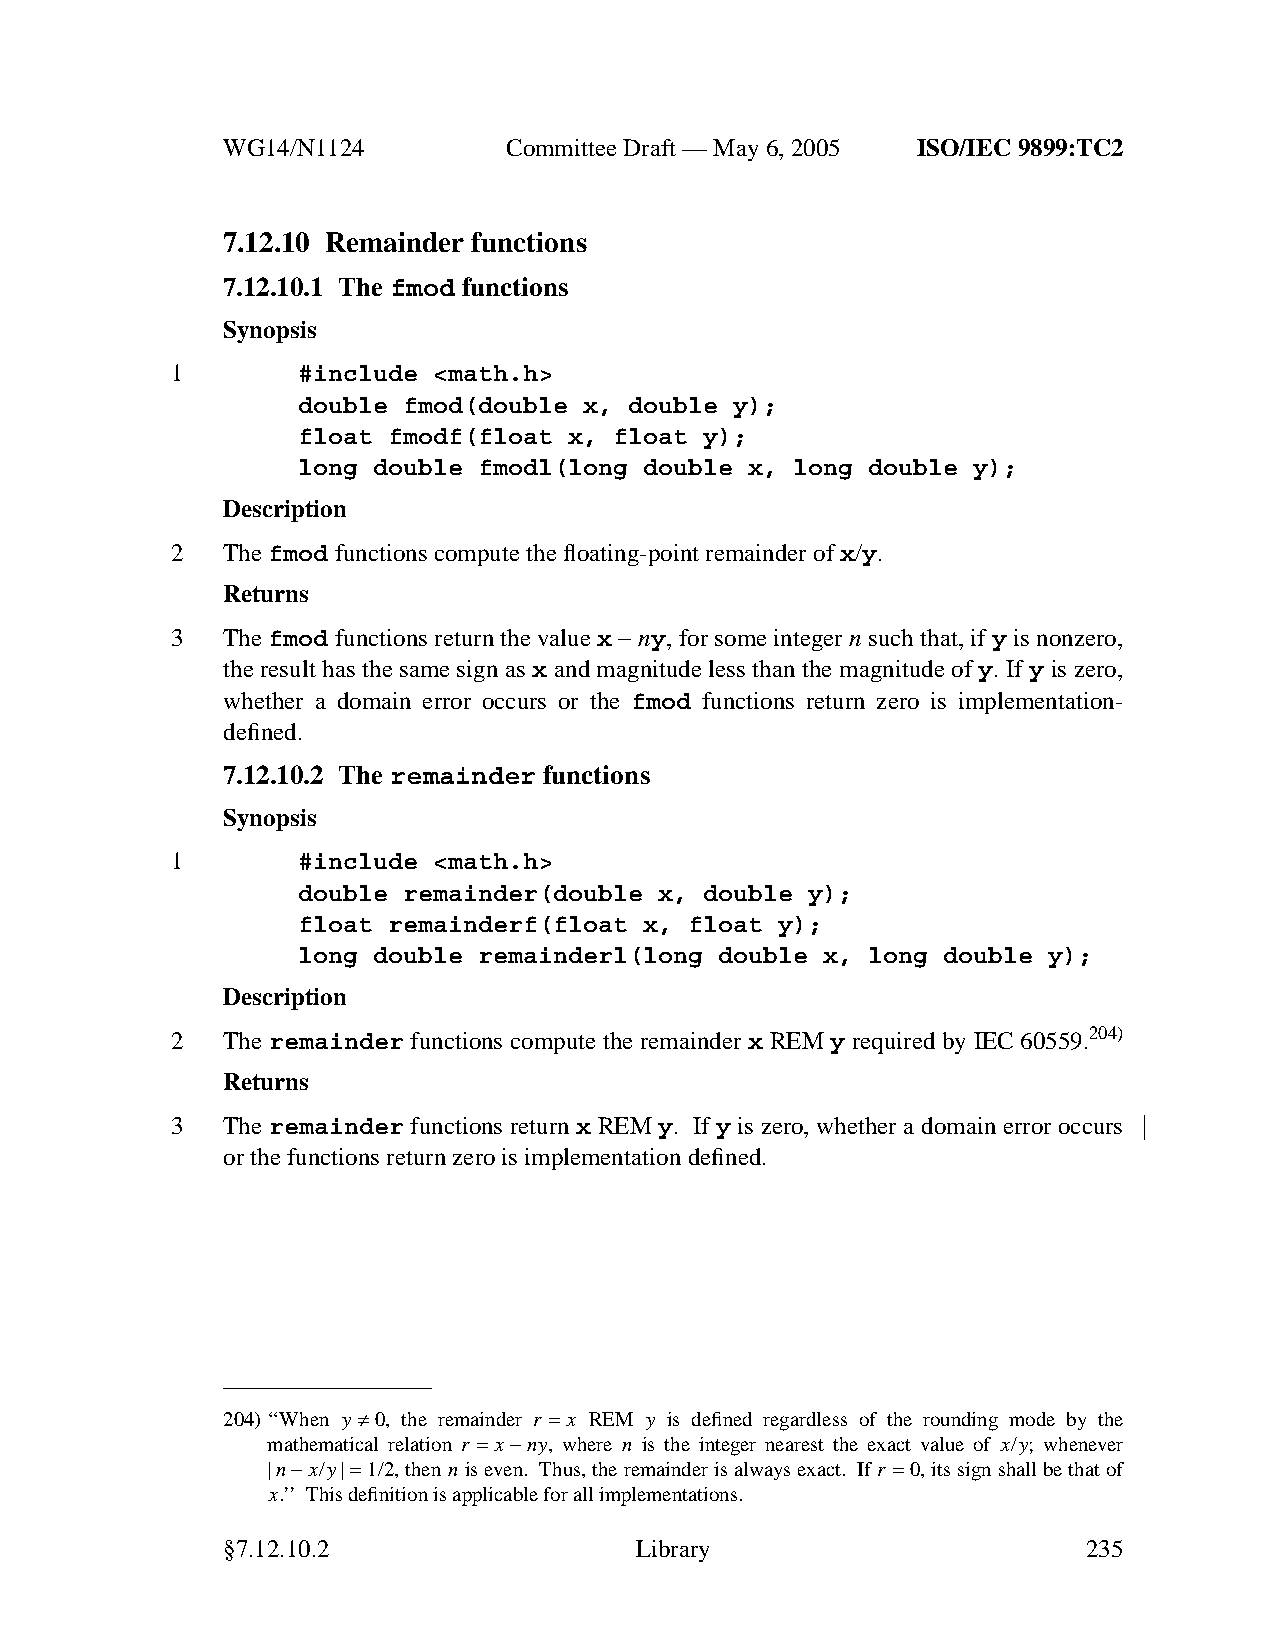
WG14/N1124        CommitteeDraft — May 6, 2005 ISO/IEC 9899:TC2
 7.12.10 Remainder functions
 7.12.10.1 The fmod functions
 Synopsis
 1        #include <math.h>
 double fmod(double x, double y);
 float fmodf(float x, float y);
 long double fmodl(long double x, long double y);
 Description
 2   Thefmod functions compute the floating-point remainder of x/y.
 Returns
 3   The fmod functions return the value x− ny, for some integer n such that, if y is nonzero,
 the result has the same sign as x and magnitude less than the magnitude of y. If y is zero,
 whether a domain error occurs or the fmod functions return zero is implementation-
 defined.
 7.12.10.2 The remainder functions
 Synopsis
 1        #include <math.h>
 double remainder(double x, double y);
 float remainderf(float x, float y);
 long double remainderl(long double x, long double y);
 Description
 2   The remainder functions compute the remainder x REM y required by IEC60559.204)
 Returns
 3   The remainder functions return x REM y. If y is zero, whether a domain error occurs
 or the functions return zero is implementation defined.
 204)‘‘When y ≠0, the remainder r = x REM y is defined regardless of the rounding mode by the
 mathematical relation r = x−ny, where n is the integer nearest the exact value of x/y; whenever
 |n−x/y|=1/2, then n is even. Thus,the remainder is always exact. Ifr =0, its sign shall be that of
 x.’’ This definition is applicable for all implementations.
 §7.12.10.2                 Library                       235